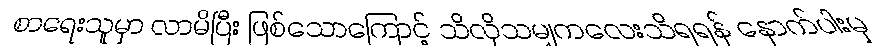
စာရေးသူမှာ လာမိပြီး ဖြစ်သောကြောင့် သိလိုသမျှကလေးသိရရန် နောက်ပါးမှ